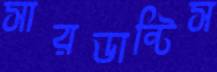
সারডান্টিস